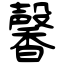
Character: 馨